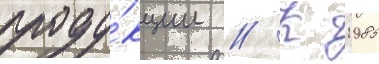
проду́кции // К 1985